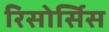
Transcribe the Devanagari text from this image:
रिसोर्सिस